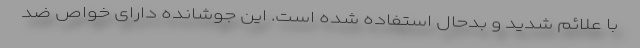
با علائم شدید و بدحال استفاده شده است. این جوشانده دارای خواص ضد